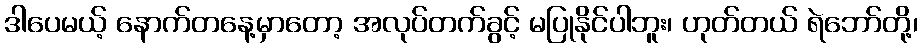
ဒါပေမယ့် နောက်တနေ့မှာတော့ အလုပ်တက်ခွင့် မပြုနိုင်ပါဘူး၊ ဟုတ်တယ် ရဲဘော်တို့၊